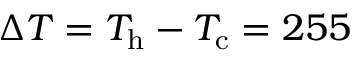
\Delta T = T _ { \mathrm { h } } - T _ { \mathrm { c } } = 2 5 5